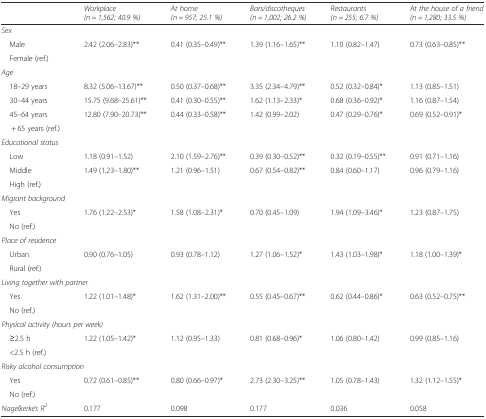
<table><thead><tr><td></td><td><b><i>Workplace (n = 1,562; 40.9 %)</i></b></td><td><b><i>At home (n = 957; 25.1 %)</i></b></td><td><b><i>Bars/discotheques (n = 1,002; 26.2 %)</i></b></td><td><b><i>Restaurants (n = 255; 6.7 %)</i></b></td><td><b><i>At the house of a friend (n = 1,280; 33.5 %)</i></b></td></tr></thead><tbody><tr><td colspan="6"><i>Sex</i></td></tr><tr><td> Male</td><td>2.42 (2.06–2.83)**</td><td>0.41 (0.35–0.49)**</td><td>1.39 (1.16–1.65)**</td><td>1.10 (0.82–1.47)</td><td>0.73 (0.63–0.85)**</td></tr><tr><td> Female (ref.)</td><td></td><td></td><td></td><td></td><td></td></tr><tr><td colspan="6"><i>Age</i></td></tr><tr><td> 18–29 years</td><td>8.32 (5.06–13.67)**</td><td>0.50 (0.37–0.68)**</td><td>3.35 (2.34–4.79)**</td><td>0.52 (0.32–0.84)*</td><td>1.13 (0.85–1.51)</td></tr><tr><td> 30–44 years</td><td>15.75 (9.68–25.61)**</td><td>0.41 (0.30–0.55)**</td><td>1.62 (1.13–2.33)*</td><td>0.68 (0.36–0.92)*</td><td>1.16 (0.87–1.54)</td></tr><tr><td> 45–64 years</td><td>12.80 (7.90–20.73)**</td><td>0.44 (0.33–0.58)**</td><td>1.42 (0.99–2.02)</td><td>0.47 (0.29–0.76)*</td><td>0.69 (0.52–0.91)*</td></tr><tr><td>+ 65 years (ref.)</td><td></td><td></td><td></td><td></td><td></td></tr><tr><td colspan="6"><i>Educational status</i></td></tr><tr><td> Low</td><td>1.18 (0.91–1.52)</td><td>2.10 (1.59–2.76)**</td><td>0.39 (0.30–0.52)**</td><td>0.32 (0.19–0.55)**</td><td>0.91 (0.71–1.16)</td></tr><tr><td> Middle</td><td>1.49 (1.23–1.80)**</td><td>1.21 (0.96–1.51)</td><td>0.67 (0.54–0.82)**</td><td>0.84 (0.60–1.17)</td><td>0.96 (0.79–1.16)</td></tr><tr><td> High (ref.)</td><td></td><td></td><td></td><td></td><td></td></tr><tr><td colspan="6"><i>Migrant background</i></td></tr><tr><td> Yes</td><td>1.76 (1.22–2.53)*</td><td>1.58 (1.08–2.31)*</td><td>0.70 (0.45–1.09)</td><td>1.94 (1.09–3.46)*</td><td>1.23 (0.87–1.75)</td></tr><tr><td> No (ref.)</td><td></td><td></td><td></td><td></td><td></td></tr><tr><td colspan="6"><i>Place of residence</i></td></tr><tr><td> Urban</td><td>0.90 (0.76–1.05)</td><td>0.93 (0.78–1.12)</td><td>1.27 (1.06–1.52)*</td><td>1.43 (1.03–1.98)*</td><td>1.18 (1.00–1.39)*</td></tr><tr><td> Rural (ref.)</td><td></td><td></td><td></td><td></td><td></td></tr><tr><td colspan="6"><i>Living together with partner</i></td></tr><tr><td> Yes</td><td>1.22 (1.01–1.48)*</td><td>1.62 (1.31–2.00)**</td><td>0.55 (0.45–0.67)**</td><td>0.62 (0.44–0.86)*</td><td>0.63 (0.52–0.75)**</td></tr><tr><td> No (ref.)</td><td></td><td></td><td></td><td></td><td></td></tr><tr><td colspan="6"><i>Physical activity (hours per week)</i></td></tr><tr><td> ≥2.5 h</td><td>1.22 (1.05–1.42)*</td><td>1.12 (0.95–1.33)</td><td>0.81 (0.68–0.96)*</td><td>1.06 (0.80–1.42)</td><td>0.99 (0.85–1.16)</td></tr><tr><td> &lt;2.5 h (ref.)</td><td></td><td></td><td></td><td></td><td></td></tr><tr><td colspan="6"><i>Risky alcohol consumption</i></td></tr><tr><td> Yes</td><td>0.72 (0.61–0.85)**</td><td>0.80 (0.66–0.97)*</td><td>2.73 (2.30–3.25)**</td><td>1.05 (0.78–1.43)</td><td>1.32 (1.12–1.55)*</td></tr><tr><td> No (ref.)</td><td></td><td></td><td></td><td></td><td></td></tr><tr><td><i>Nagelkerke’s R</i><sup><i>2</i></sup></td><td>0.177</td><td>0.098</td><td>0.177</td><td>0.036</td><td>0.058</td></tr></tbody></table>